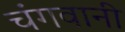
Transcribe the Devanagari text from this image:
चंगवानी